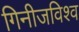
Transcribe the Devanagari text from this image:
गिनीजविश्व